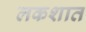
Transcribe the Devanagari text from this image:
लकशात